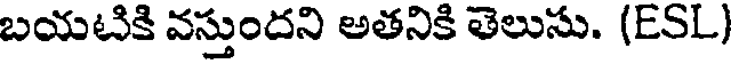
బయటికి వస్తుందని అతనికి తెలుసు. (ESL)